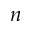
\boldsymbol { n }